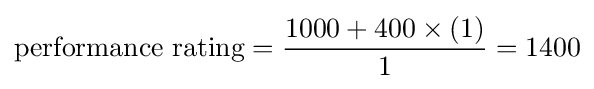
{\text{performance rating}}={\frac {1000+400\times (1)}{1}}=1400